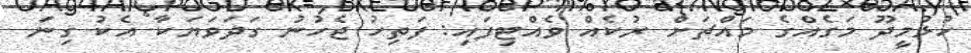
ހުޅުމީދޫ މަގެއްގެ މައްޗަށް ރުކެއް ވެއްޓިފައި: ފަތިހު ޖެހުނު ގަދަވަޔަކާ އެކު ގިނަ